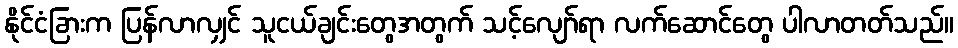
နိုင်ငံခြားက ပြန်လာလျှင် သူငယ်ချင်းတွေအတွက် သင့်လျော်ရာ လက်ဆောင်တွေ ပါလာတတ်သည်။